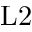
\mathrm { L 2 }